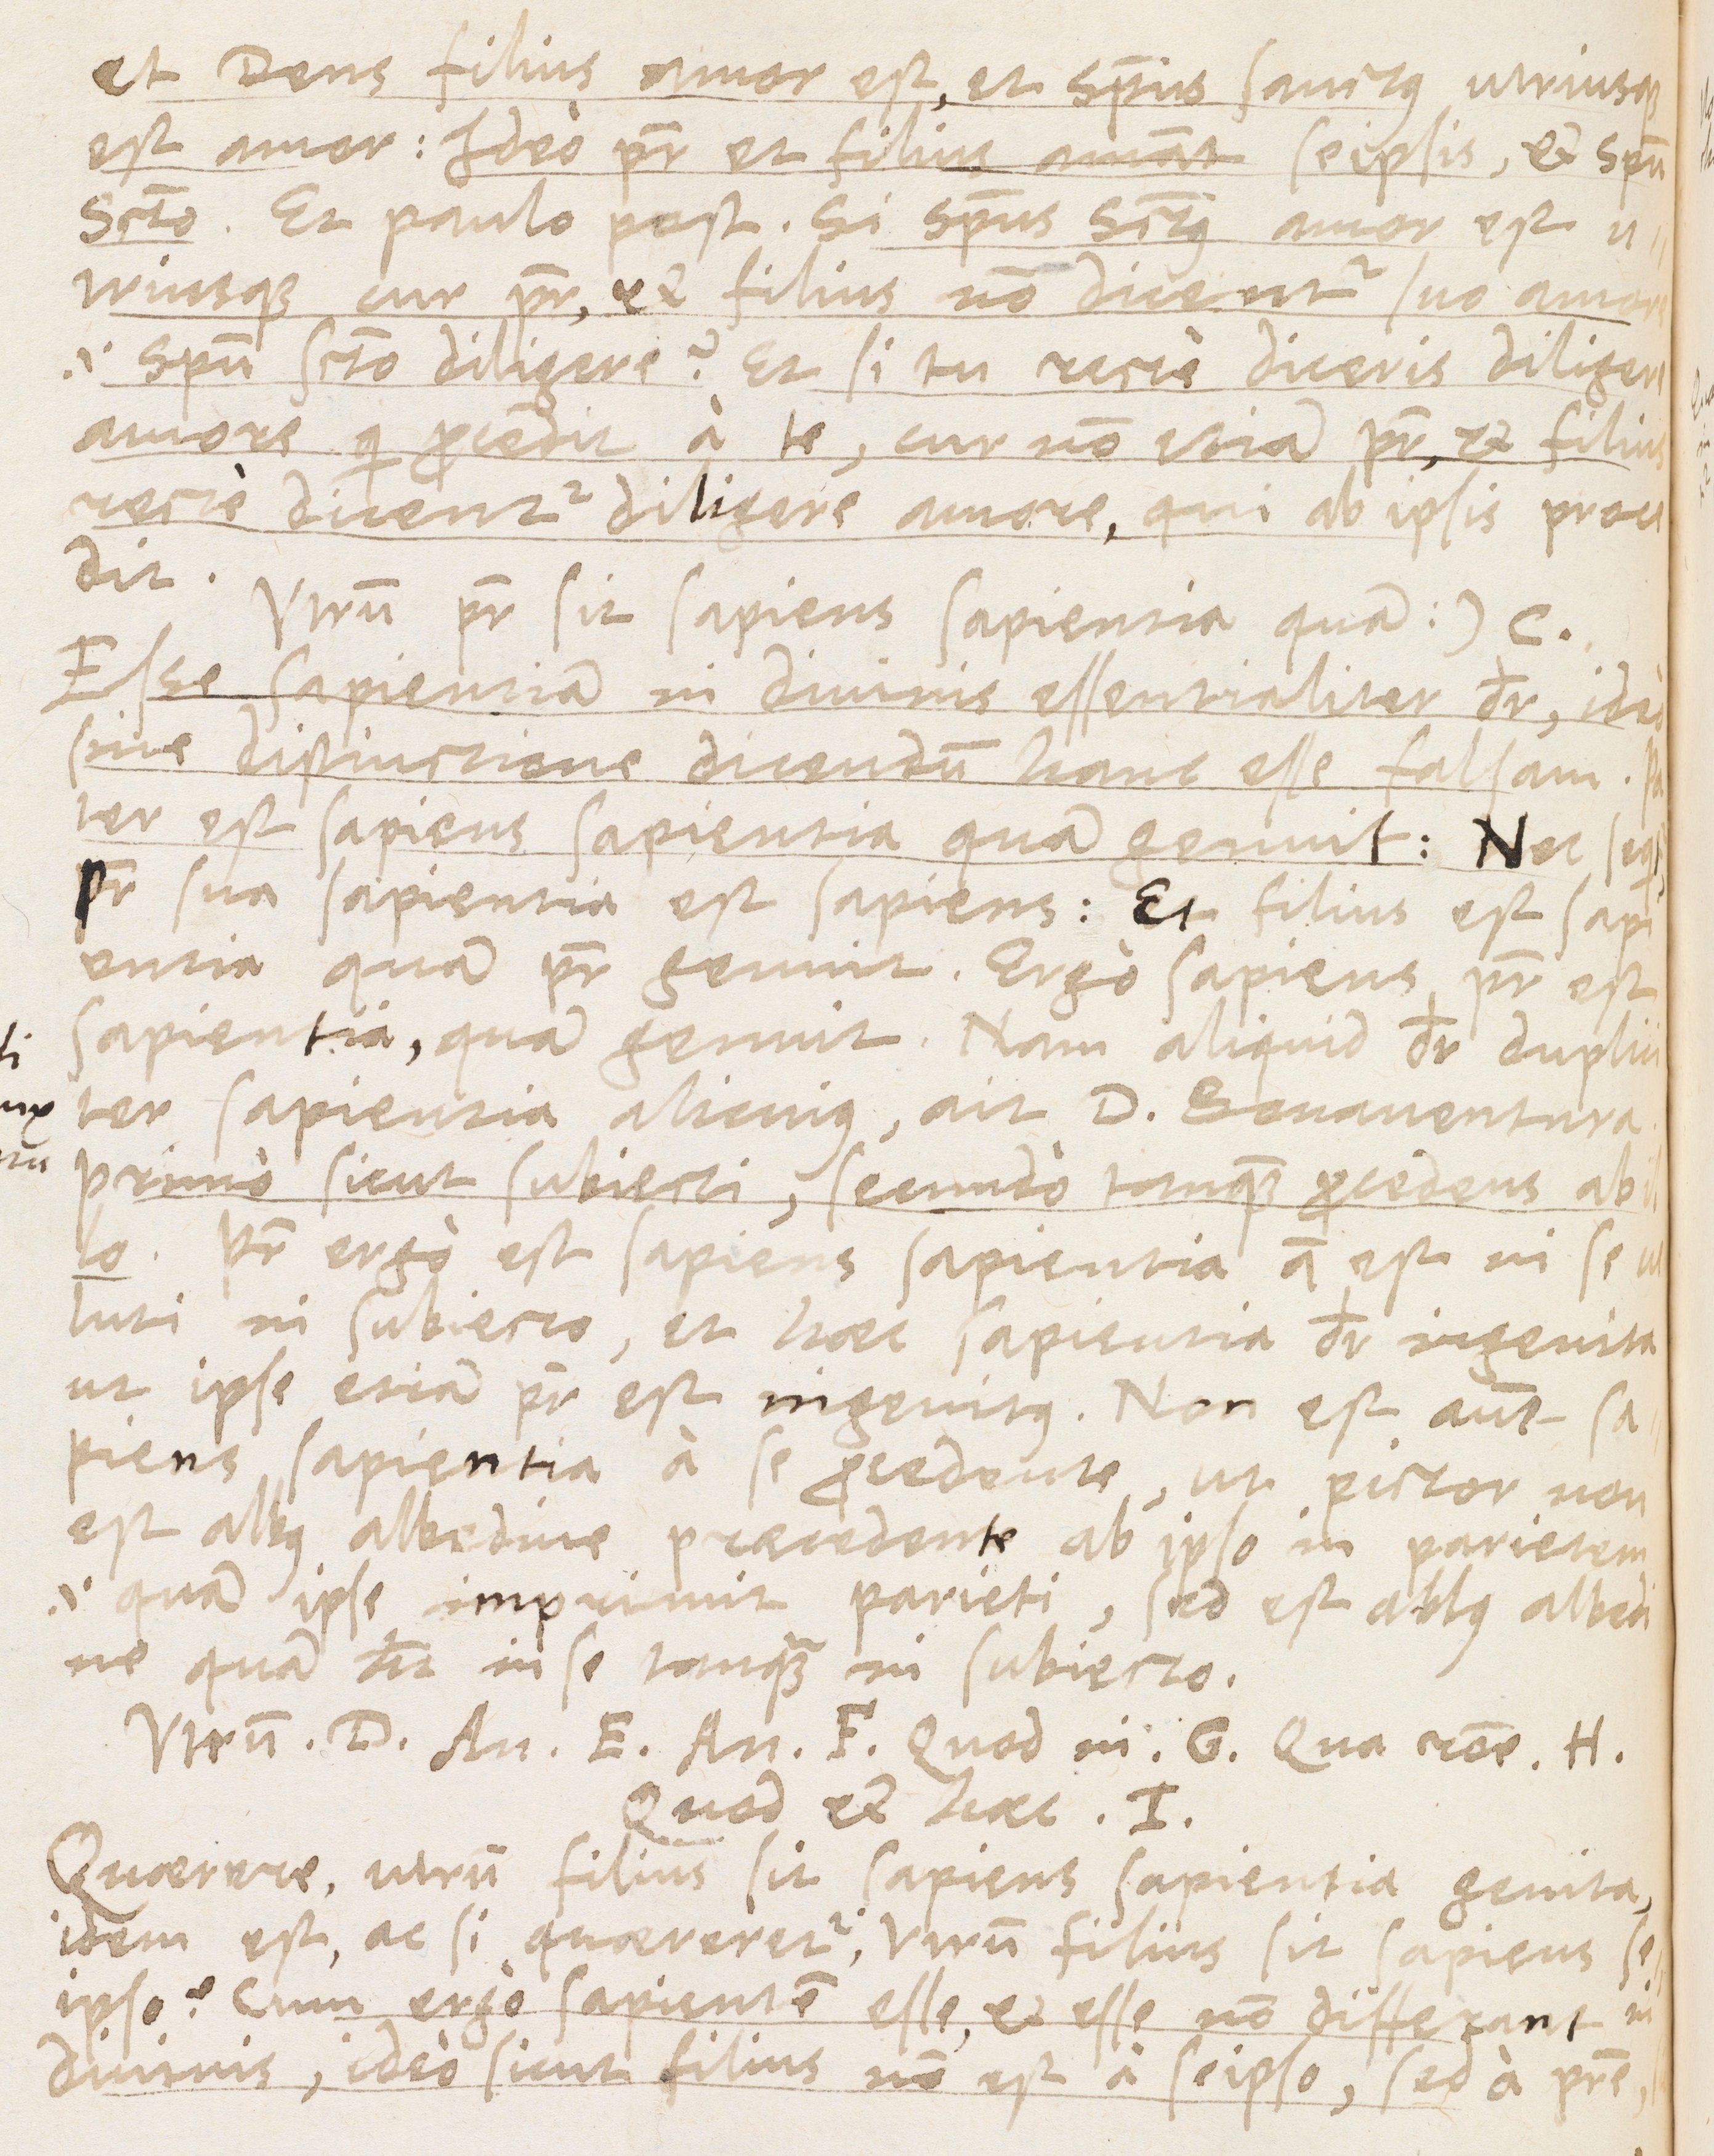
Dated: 1565–1566